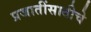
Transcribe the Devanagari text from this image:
प्रजातींसाठीचे